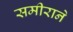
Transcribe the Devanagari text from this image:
समीराने